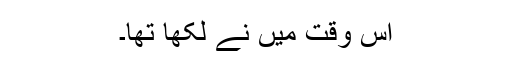
اُس وقت میں نے لکھا تھا۔